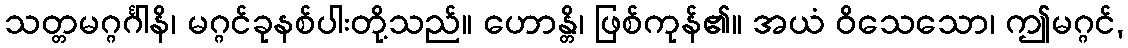
သတ္တမဂ္ဂင်္ဂါနိ၊ မဂ္ဂင်ခုနစ်ပါးတို့သည်။ ဟောန္တိ၊ ဖြစ်ကုန်၏။ အယံ ဝိသေသော၊ ဤမဂ္ဂင်,